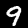
Label: 9